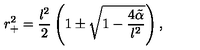
r _ { + } ^ { 2 } = \frac { l ^ { 2 } } { 2 } \left( 1 \pm \sqrt { 1 - \frac { 4 \tilde { \alpha } } { l ^ { 2 } } } \right) ,